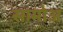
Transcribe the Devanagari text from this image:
सामोअ